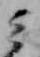
ミ